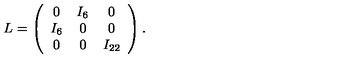
L = \left( \begin{array} { c c c } { 0 } & { I _ { 6 } } & { 0 } \\ { I _ { 6 } } & { 0 } & { 0 } \\ { 0 } & { 0 } & { I _ { 2 2 } } \\ \end{array} \right) .